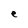
Character: e